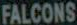
FALCONS